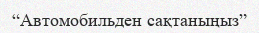
“Автомобильден сақтаныңыз”